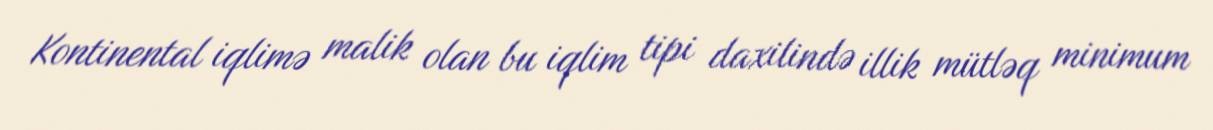
Kontinental iqlimə malik olan bu iqlim tipi daxilində illik mütləq minimum